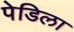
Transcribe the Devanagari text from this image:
पेडिला